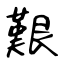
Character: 艱